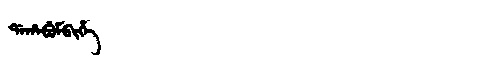
Manchu: ᡩᠠᡥᠠᠪᡠᠮᠪᡳᡥᡝ
Romanization: DAHABUMBIHE